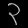
Digit: ၃